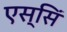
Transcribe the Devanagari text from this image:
एस्सिं